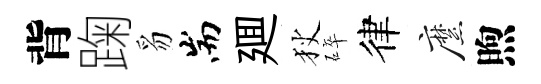
背踘豸耑廽狄碎律縻煦